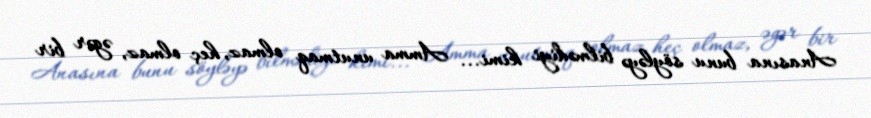
Anasına bunu söyləyə bilmədiyi kimi... Amma unutmaq olmaz, heç olmaz, əgər bir